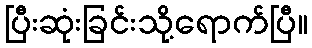
ပြီးဆုံးခြင်းသို့ရောက်ပြီ။